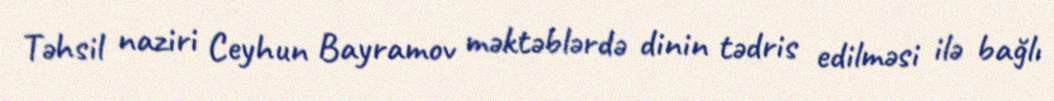
Təhsil naziri Ceyhun Bayramov məktəblərdə dinin tədris edilməsi ilə bağlı